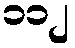
၁၁၂